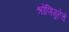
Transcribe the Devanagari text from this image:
श्रोणिगुहेचे